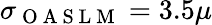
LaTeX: \sigma_{\mathrm{~O~A~S~L~M~}}=3.5\mu